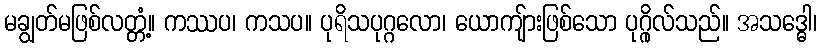
မချွတ်မဖြစ်လတ္တံ့။ ကဿပ၊ ကသပ။ ပုရိသပုဂ္ဂလော၊ ယောကျ်ားဖြစ်သော ပုဂ္ဂိုလ်သည်။ အသဒ္ဓေါ၊